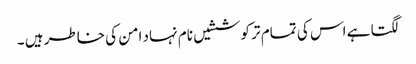
لگتا ہے اس کی تمام تر کوششیں نام نہاد امن کی خاطر ہیں ۔